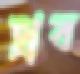
থ্রব